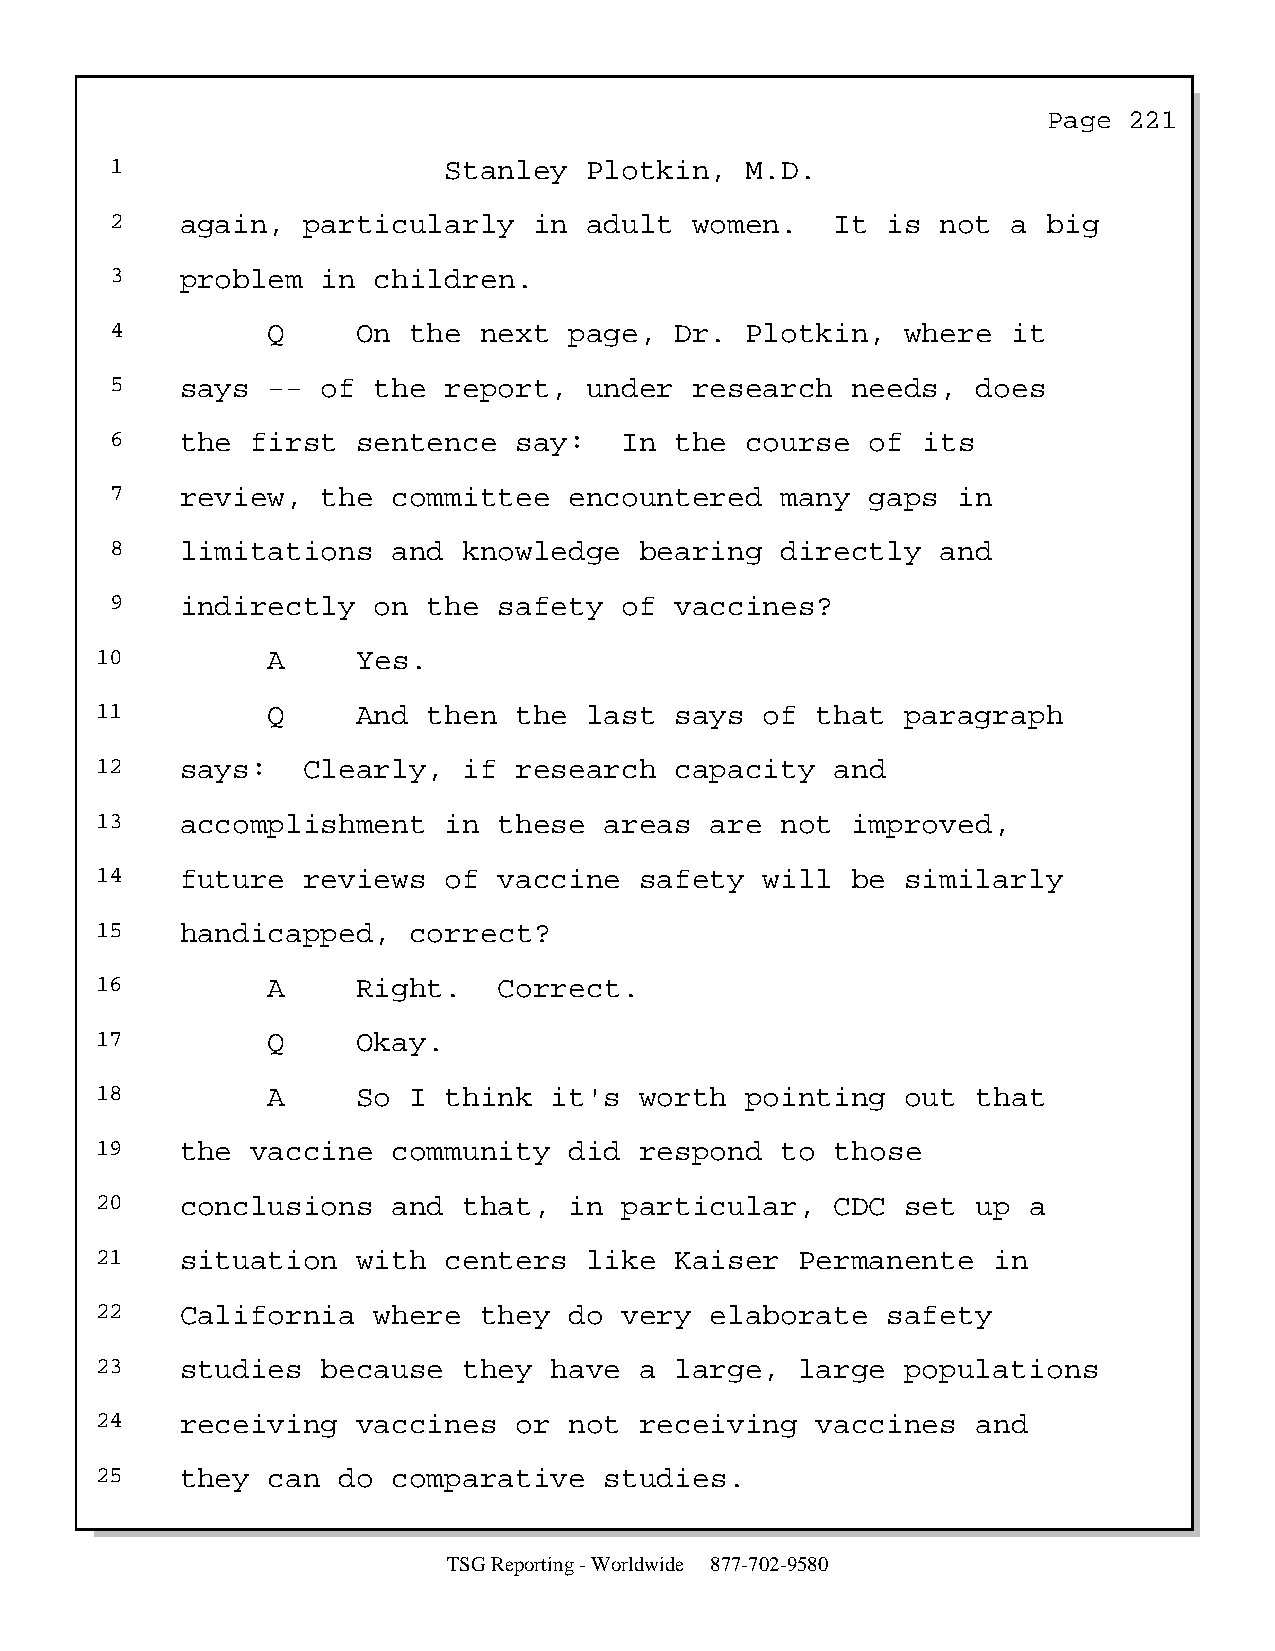
Page  221
 1                     Stanley   Plotkin,  M.D.
 2    again,  particularly   in  adult  women.   It  is not  a big
 3    problem  in  children.
 4          Q     On the  next  page,  Dr. Plotkin,   where  it
 5    says  -- of  the report,   under  research  needs,   does
 6    the  first  sentence  say:   In  the course   of its
 7    review,  the  committee   encountered   many  gaps in
 8    limitations   and  knowledge  bearing   directly  and
 9    indirectly   on the  safety  of  vaccines?
 10          A     Yes.
 11          Q     And then  the  last  says  of that  paragraph
 12    says:   Clearly,   if research   capacity  and
 13    accomplishment   in  these  areas  are  not improved,
 14    future  reviews  of  vaccine  safety   will be  similarly
 15    handicapped,   correct?
 16          A     Right.   Correct.
 17          Q     Okay.
 18          A     So I think  it's  worth  pointing   out  that
 19    the  vaccine  community   did respond   to those
 20    conclusions   and  that,  in particular,   CDC  set  up a
 21    situation   with centers   like  Kaiser  Permanente   in
 22    California   where  they  do very  elaborate   safety
 23    studies  because   they have  a  large,  large  populations
 24    receiving   vaccines  or  not receiving   vaccines   and
 25    they  can do  comparative   studies.
 TSG Reporting - Worldwide 877-702-9580